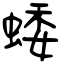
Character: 蜲